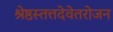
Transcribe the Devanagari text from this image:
श्रेष्ठस्तत्तदेवेतरोजन